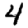
Digit: 4